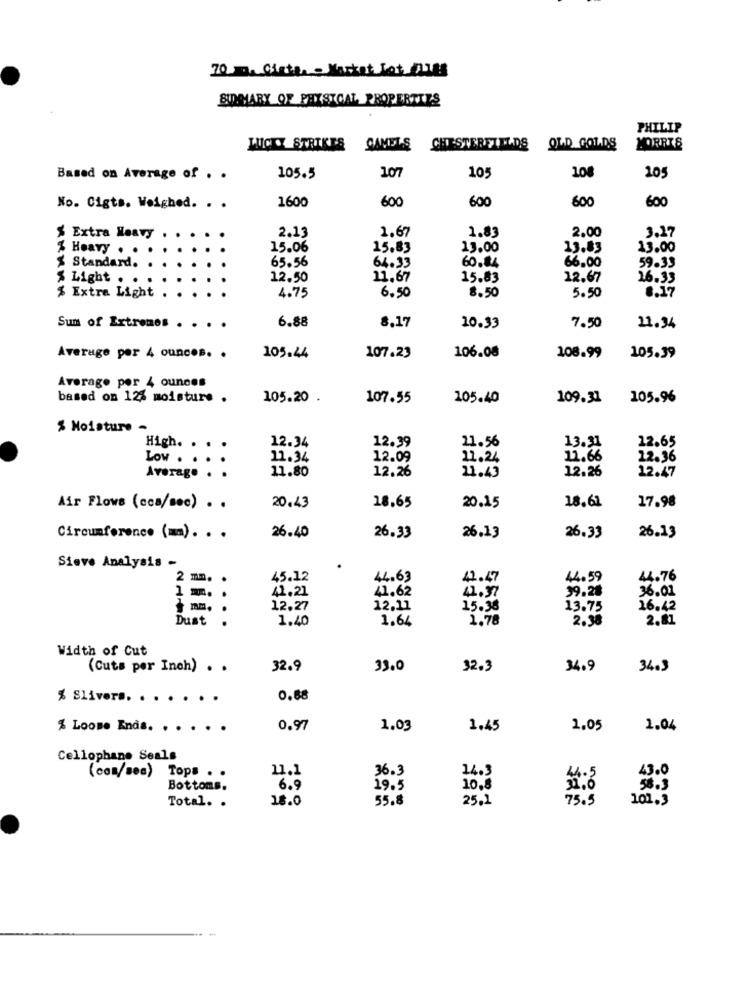
70 m Gister - Market Lot Aves
SIDMARY OF PHYSICAL PROPERTIES
PHILIP
LICKY STRIKES CAMELS
CHESTERETIDS
OLD GOLDS
LORRIS
107
10:
108
205
Based on Average of . .
105.5
1600
600
600
600
No. Cigts. Weighed. . .
600
2.13
1.67
2.00
$ Extra Heavy
1.83
3.27
% Heavy . .
15.06
15.83
13.00
13.83
13.00
65.56
66.00
59.33
$ Standard.
64.33
60.84
$ Light . .
12.50
11,67
15.83
12.67
26.33
$ Extra Light
8.17
4.75
6.50
8.50
5.50
6.88
Sum of Extremes . . . .
8.17
10.33
7.50
21.34
Average per 4 ounces. .
105.44
107.23
106.08
108.99
105.39
Average por 4 ounces
based on 12% moisture
105.20
107.55
105.40
109.31
105.96
% Moisture -
12.39
11.56
13.31
High. . . .
12.34
12.65
Low . . .
11.34
12.09
11.24
11.66
12.36
Average . .
11.80
12.26
21.49
12.26
12.47
18.61
17.98
Air Flows (cca/sec) . .
20.43
18.65
20.15
26.40
26.13
26.33
Circumference (mm). . .
26.33
26.13
Sieve Analysis -
2 mm. .
45.12
44.63
42.47
44.59
44.76
41.21
41.62
41.97
39.28
36.01
1 mm. .
mm. .
12.27
12.11
15.38
13.75
16.42
Dust
1.40
1.64
1.78
2.38
2.81
.
Width of Cut
(Cuts per Inch) . .
32.9
33.0
32.3
34.9
34.3
% Sliver .. . . . . . .
0.68
% Loose Ends. . . . .
0.97
1.03
1.45
1,05
1.04
Cellophane Seals
(com/sea) Tops . .
36.3
14.3
43.0
11.1
Bottoms.
6.9
19.5
10,8
56.3
18.0
55.8
25.1
75.5
101.3
Total. .